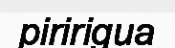
piririgua